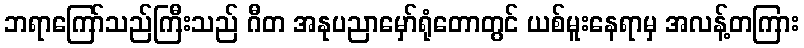
ဘရာကြော်သည်ကြီးသည် ဂီတ အနုပညာမှော်ရုံတောတွင် ယစ်မူးနေရာမှ အလန့်တကြား